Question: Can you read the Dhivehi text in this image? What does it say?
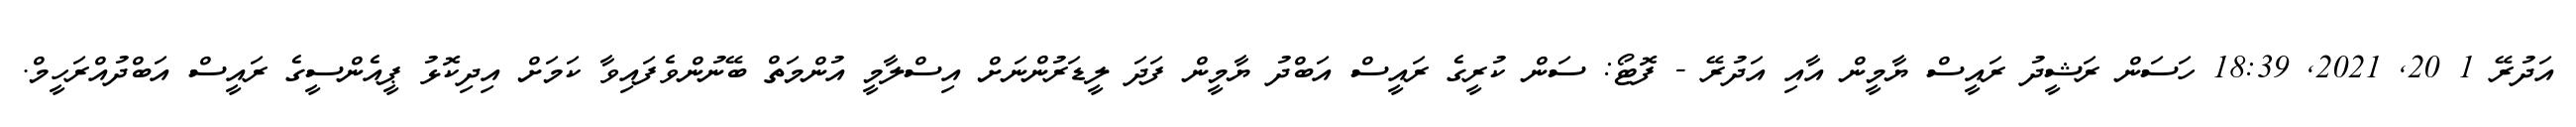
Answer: އަދުރޭ 1 20, 2021, 18:39 ހަސަން ރަޝީދު ރައީސް ޔާމީން އާއި އަދުރޭ - ފޮޓޯ: ސަން ކުރީގެ ރައީސް އަބްދު ޔާމީން ފަދަ ލީޑަރުންނަށް އިސްލާމީ އުންމަތް ބޭނުންވެފައިވާ ކަމަށް އިދިކޮޅު ޕީއެންސީގެ ރައީސް އަބްދުއްރަހީމް.